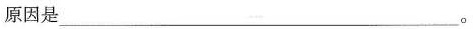
原因是___。